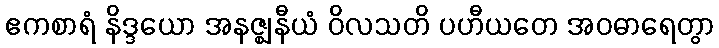
ဧကစာရံ နိဒ္ဒယော အနဇ္ဈနီယံ ဝိလသတိ ပဟီယတေ အဝဓာရေတွာ